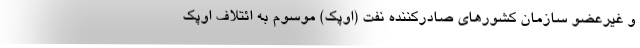
و غیرعضو سازمان کشورهای صادرکننده نفت (اوپک) موسوم به ائتلاف اوپک